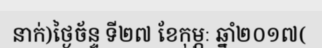
នាក់)ថ្ងៃច័ន្ទ ទី២៧ ខែកុម្ភៈ ឆ្នាំ២០១៧(